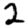
Digit: 2